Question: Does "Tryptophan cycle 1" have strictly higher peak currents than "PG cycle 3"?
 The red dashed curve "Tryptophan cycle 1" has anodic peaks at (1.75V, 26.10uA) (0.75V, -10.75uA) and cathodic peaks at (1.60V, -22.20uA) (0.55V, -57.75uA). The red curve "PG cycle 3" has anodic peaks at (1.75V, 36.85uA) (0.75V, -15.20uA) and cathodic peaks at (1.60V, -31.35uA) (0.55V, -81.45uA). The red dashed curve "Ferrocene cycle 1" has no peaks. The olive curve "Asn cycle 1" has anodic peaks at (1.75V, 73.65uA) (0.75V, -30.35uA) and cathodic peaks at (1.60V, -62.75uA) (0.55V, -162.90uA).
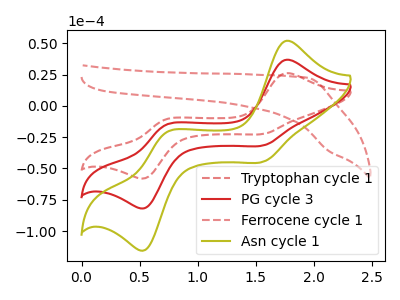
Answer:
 <answer>The peaks in "Tryptophan cycle 1" are neither all higher or all lower than the peaks in "PG cycle 3".</answer>
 <eval>mixed</eval>